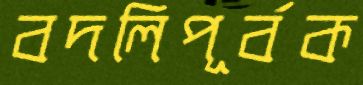
বদলিপূর্বক